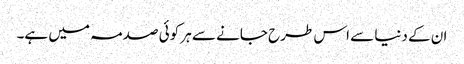
ان کے دنیا سے اس طرح جانے سے ہر کوئی صدمہ میں ہے۔